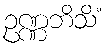
ဥဏ္ဏဘိသိံ